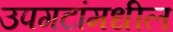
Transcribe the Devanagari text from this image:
उपगटांमधील